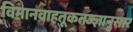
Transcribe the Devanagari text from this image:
विमानवाहतूकतज्ज्ञानुसार